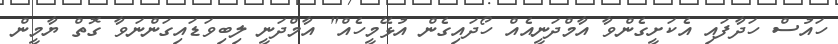
ހައުސް ހަދާފައި އެކަށީގެންވާ އާމްދަނީއެއް ހޯދައިގެން އުޅޭމީހެއް" އާމްދަނީ ލިބިވަޑައިގަންނަވާ ގޮތް ޔާމީން